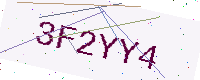
Text: 3F2YY4